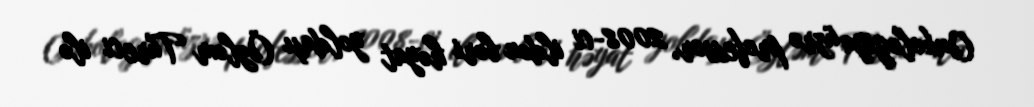
Onkologiya üzrə professor, 2008-ci ildən bəri həyat yoldaşı Özləm Türeci ilə